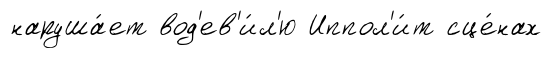
наруша́ет вод'ев'и́л'ю Иппол'и́т сце́нах